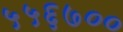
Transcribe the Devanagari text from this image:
५५६७००